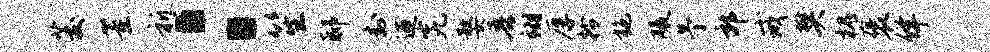
茭董祈：笙邸封迎究婺吾翊厚拎施碾予郭戒樊槐褒佯